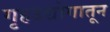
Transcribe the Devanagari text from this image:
गृहउद्योगातून